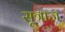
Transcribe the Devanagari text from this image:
सूत्राज